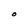
Character: O